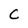
Character: c